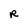
Character: R